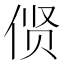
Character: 𫢲